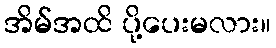
အိမ်အထိ ပို့ပေးမလား။